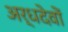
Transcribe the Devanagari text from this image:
अर्धदेवों